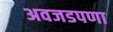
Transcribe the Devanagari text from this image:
अवजडपणा